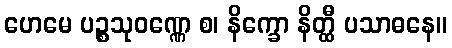
ဟေမေ ပဉ္စသုဝဏ္ဏေ စ၊ နိက္ခော နိတ္ထီ ပသာဓနေ။